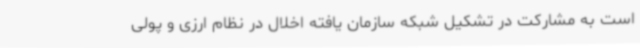
است به مشارکت در تشکیل شبکه سازمان یافته اخلال در نظام ارزی و پولی